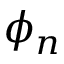
\phi _ { n }